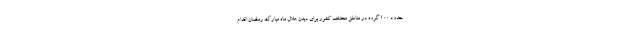
حدود ۱۰۰ گروه در مناطق مختلف کشور برای دیدن هلال ماه مبارک رمضان اقدام